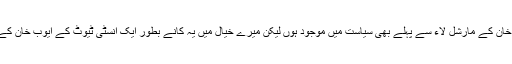
یہ کانے ممکن ہے ایوب خان کے مارشل لاء سے پہلے بھی سیاست میں موجود ہوں لیکن میرے خیال میں یہ کانے بطور ایک انسٹی ٹیوٹ کے ایوب خان کے راج میں وجود میں آئے۔